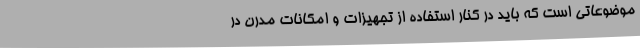
موضوعاتی است که باید در کنار استفاده از تجهیزات و امکانات مدرن در